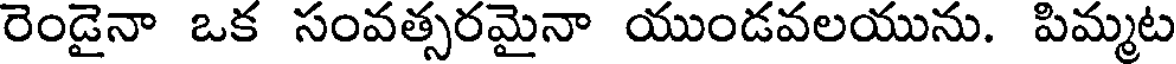
రెండైనా ఒక సంవత్సరమైనా యుండవలయును. పిమ్మట